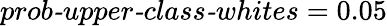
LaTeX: \textit{prob-upper-class-whites}=0.05